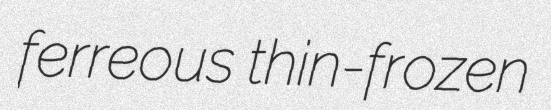
ferreous thin-frozen